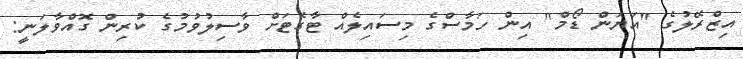
އިޒްރޭލުގެ "އަޔަން ޑޯމް" އިން ހަމާސްގެ މިސައިލެއް ޓާގެޓަށް ވާސިލުވުމުގެ ކުރިން ގޮއްވާލަނީ: